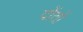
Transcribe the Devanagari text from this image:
दोंतों